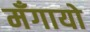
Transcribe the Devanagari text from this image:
मँगायो